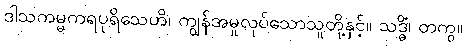
ဒါသကမ္မကရပုရိသေဟိ၊ ကျွန်အမှုလုပ်သောသူတို့နှင့်။ သဒ္ဓိံ၊ တကွ။